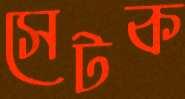
সেটক